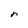
Character: r